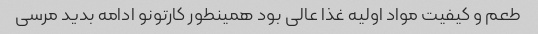
طعم و کیفیت مواد اولیه غذا عالی بود همینطور کارتونو ادامه بدید مرسی